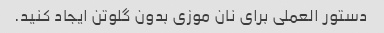
دستور العملی برای نان موزی بدون گلوتن ایجاد کنید.